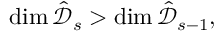
\dim { \hat { \mathcal { D } } _ { s } } > \dim { \hat { \mathcal { D } } _ { s - 1 } } ,